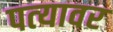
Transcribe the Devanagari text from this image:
पत्‍यावर